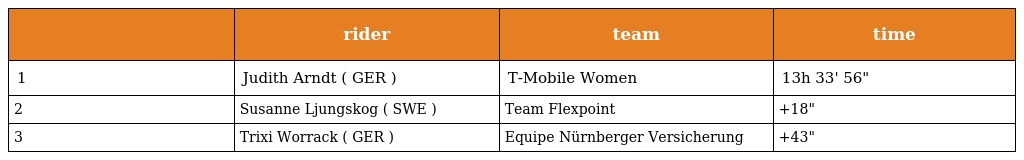
|  | rider | team | time |
 | --- | --- | --- | --- |
 | 1 | Judith Arndt ( GER ) | T-Mobile Women | 13h 33' 56" |
 | 2 | Susanne Ljungskog ( SWE ) | Team Flexpoint | +18" |
 | 3 | Trixi Worrack ( GER ) | Equipe Nürnberger Versicherung | +43" |